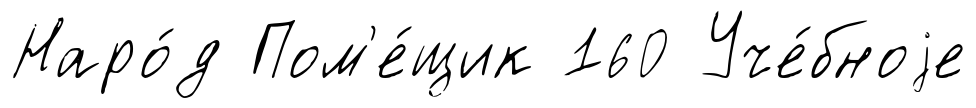
Наро́д Пом'е́щик 160 Уче́бноjе